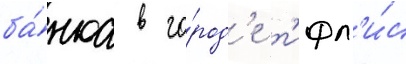
ба́нка в го́род'е т'ифл'и́с